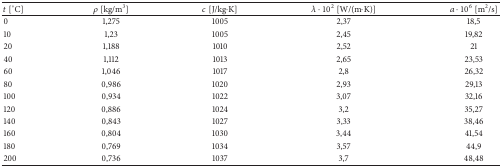
| t [°C] | ρ [kg/m3] | c [J/kg·K] | λ · 102 [W/(m·K)] | a · 106 [m2/s] |
 | --- | --- | --- | --- | --- |
 | 0 | 1,275 | 1005 | 2,37 | 18,5 |
 | 10 | 1,23 | 1005 | 2,45 | 19,82 |
 | 20 | 1,188 | 1010 | 2,52 | 21 |
 | 40 | 1,112 | 1013 | 2,65 | 23,53 |
 | 60 | 1,046 | 1017 | 2,8 | 26,32 |
 | 80 | 0,986 | 1020 | 2,93 | 29,13 |
 | 100 | 0,934 | 1022 | 3,07 | 32,16 |
 | 120 | 0,886 | 1024 | 3,2 | 35,27 |
 | 140 | 0,843 | 1027 | 3,33 | 38,46 |
 | 160 | 0,804 | 1030 | 3,44 | 41,54 |
 | 180 | 0,769 | 1034 | 3,57 | 44,9 |
 | 200 | 0,736 | 1037 | 3,7 | 48,48 |